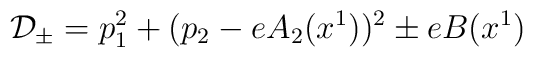
{\cal D}_\pm=p_1^2+(p_2-e A_2(x^1))^2\pm e B(x^1)